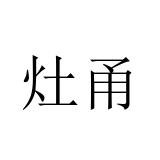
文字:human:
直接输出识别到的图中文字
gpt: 灶甬